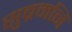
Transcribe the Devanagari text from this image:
सुब्रमनिं